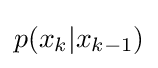
p(x_{k}|x_{k-1})